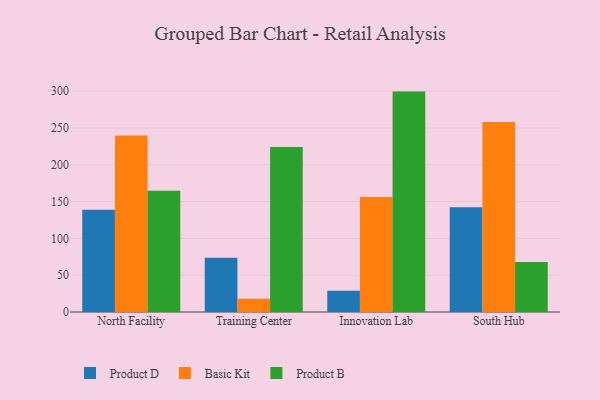
{"axis": {"x": "Campus", "y": "Production Output"}, "legend": ["Basic Kit", "Product B", "Product D"], "data": [{"x": "North Facility", "y": 138.8, "type": "Product D"}, {"x": "North Facility", "y": 239.9, "type": "Basic Kit"}, {"x": "North Facility", "y": 164.9, "type": "Product B"}, {"x": "Training Center", "y": 73.6, "type": "Product D"}, {"x": "Training Center", "y": 18.0, "type": "Basic Kit"}, {"x": "Training Center", "y": 224.1, "type": "Product B"}, {"x": "Innovation Lab", "y": 29.0, "type": "Product D"}, {"x": "Innovation Lab", "y": 156.2, "type": "Basic Kit"}, {"x": "Innovation Lab", "y": 299.5, "type": "Product B"}, {"x": "South Hub", "y": 142.4, "type": "Product D"}, {"x": "South Hub", "y": 258.1, "type": "Basic Kit"}, {"x": "South Hub", "y": 68.1, "type": "Product B"}]}